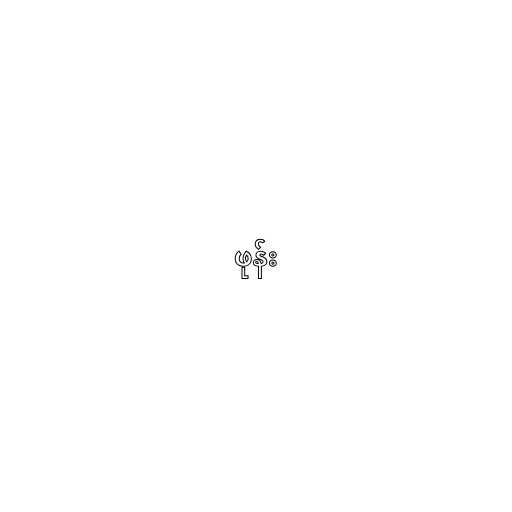
ဖုန်း